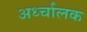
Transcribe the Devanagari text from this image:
अर्ध्चालक